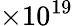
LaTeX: \times 10^{19}